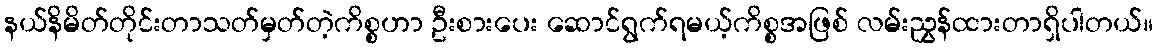
နယ်နိမိတ်တိုင်းတာသတ်မှတ်တဲ့ကိစ္စဟာ ဦးစားပေး ဆောင်ရွက်ရမယ့်ကိစ္စအဖြစ် လမ်းညွှန်ထားတာရှိပါတယ်။